Leaving Certificate Examination (including Day School Certificate (Higher) General paper), 1937
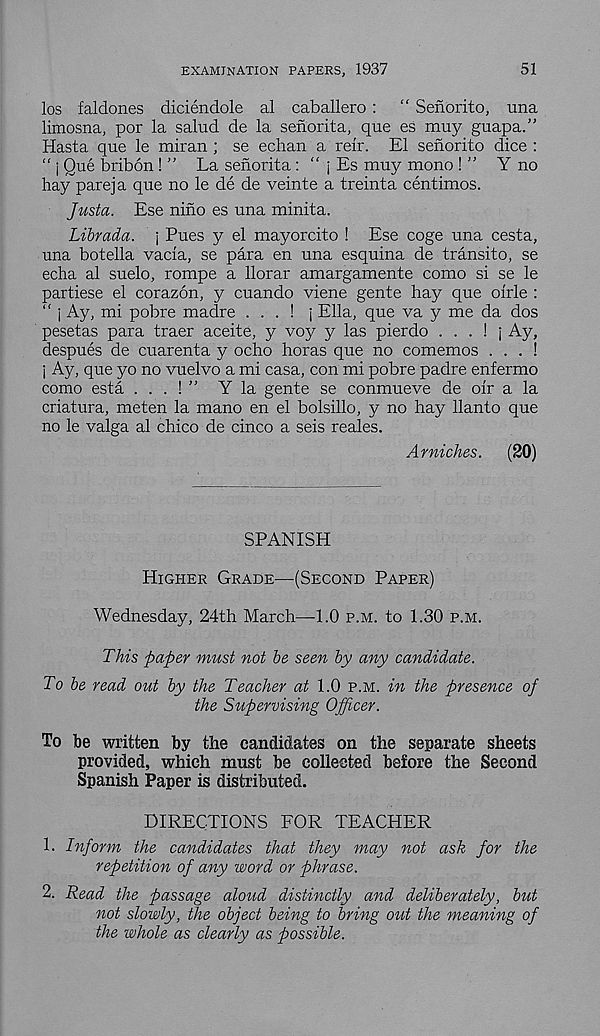
EXAMINATION PAPERS, 1937
51
los faldones diciendole al caballero :
“ Senorito, una
limosna, por la salud de la senorita, que es muy guapa.”
Hasta que le miran ; se echan a relr. El senorito dice :
“ j Que bribon ! ” La sefiorita : “ j Es muy mono ! ” Y no
hay pareja que no le de de veinte a treinta centimes.
Justa. Ese nino es una minita.
Librada. j Pues y el mayorcito ! Ese coge una cesta,
una botella vacia, se para en una esquina de transito, se
echa al suelo, rompe a llorar amargamente como si se le
partiese el corazon, y cuando viene gente hay que oirle :
“ j Ay, mi pobre madre . . . ! j Ella, que va y me da dos
pesetas para traer aceite, y voy y las pierdo . . . ! j Ay,
despues de cuarenta y ocho horas que no comemos . . . !
j Ay, que yo no vuelvo a mi casa, con mi pobre padre enfermo
como esta . . . ! ” Y la gente se conmueve de oir a la
criatura, meten la mano en el bolsillo, y no hay llanto que
no le valga al chico de cinco a seis reales.
Ar niches.
(20)
SPANISH
Higher Grade—(Second Paper)
Wednesday, 24th March—1.0 p.m. to 1.30 p.m.
This paper must not be seen by any candidate.
To be read out by the Teacher at 1.0 p.m. in the presence of
the Supervising Officer.
To be written by the candidates on the separate sheets
provided, which must be collected before the Second
Spanish Paper is distributed.
DIRECTIONS FOR TEACHER
1. Inform the candidates that they may not ask for the
repetition of any word or phrase.
2. Read the passage aloud distinctly and deliberately, but
not slowly, the object being to bring out the meaning of
the whole as clearly as possible.